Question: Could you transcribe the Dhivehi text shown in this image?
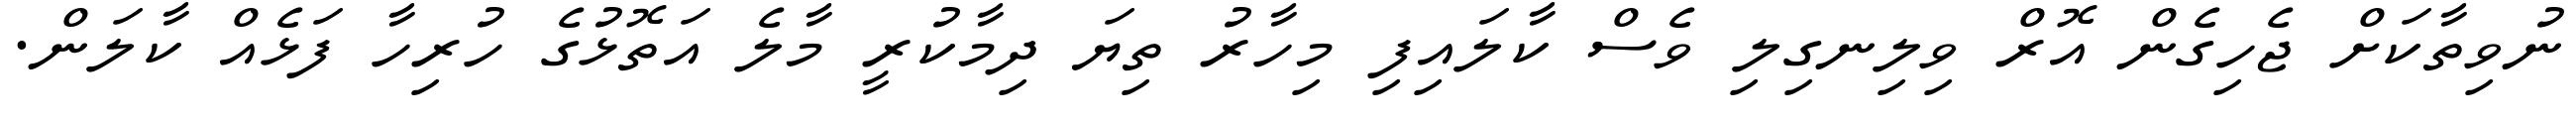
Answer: ނުވިތާކަށް ޖެހިގެން އޮރް ވިލިނގިލި ވެސް ކާލައިފި މިހާރު ތިޔަ ދިމާކުރީ މާލެ އަތޮޅުގެ ހުރިހާ ފަޅެއް ކާލަން.